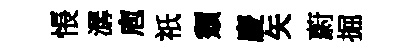
悵潺庖祇頹慶矢蔚掘